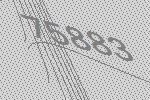
75883